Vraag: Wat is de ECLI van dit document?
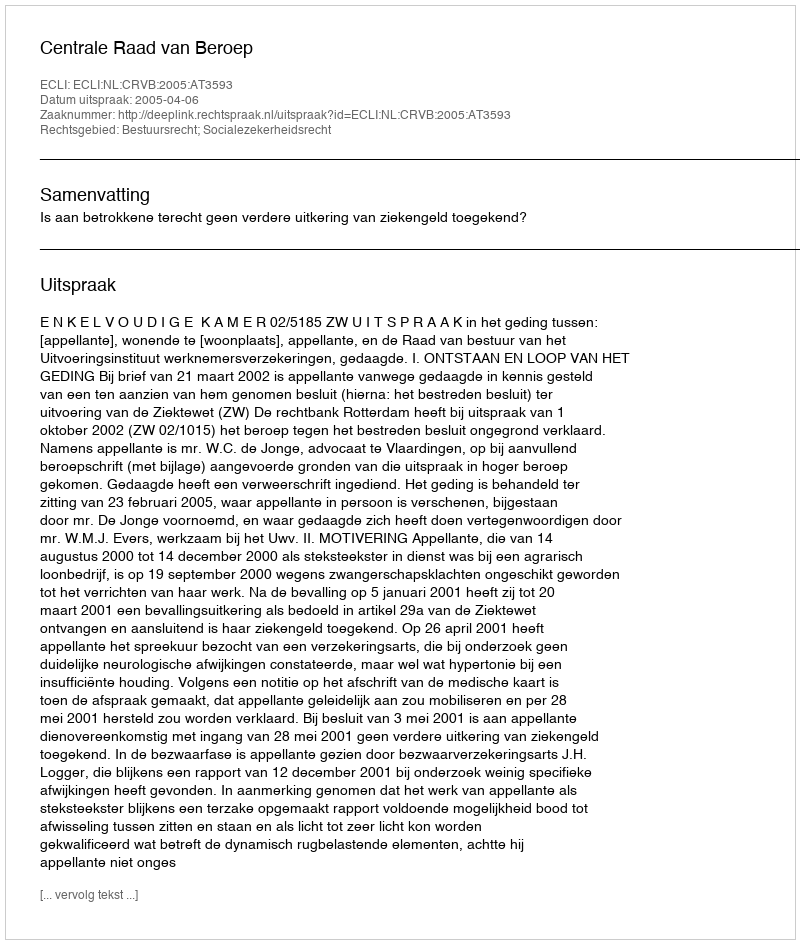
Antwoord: ECLI:NL:CRVB:2005:AT3593